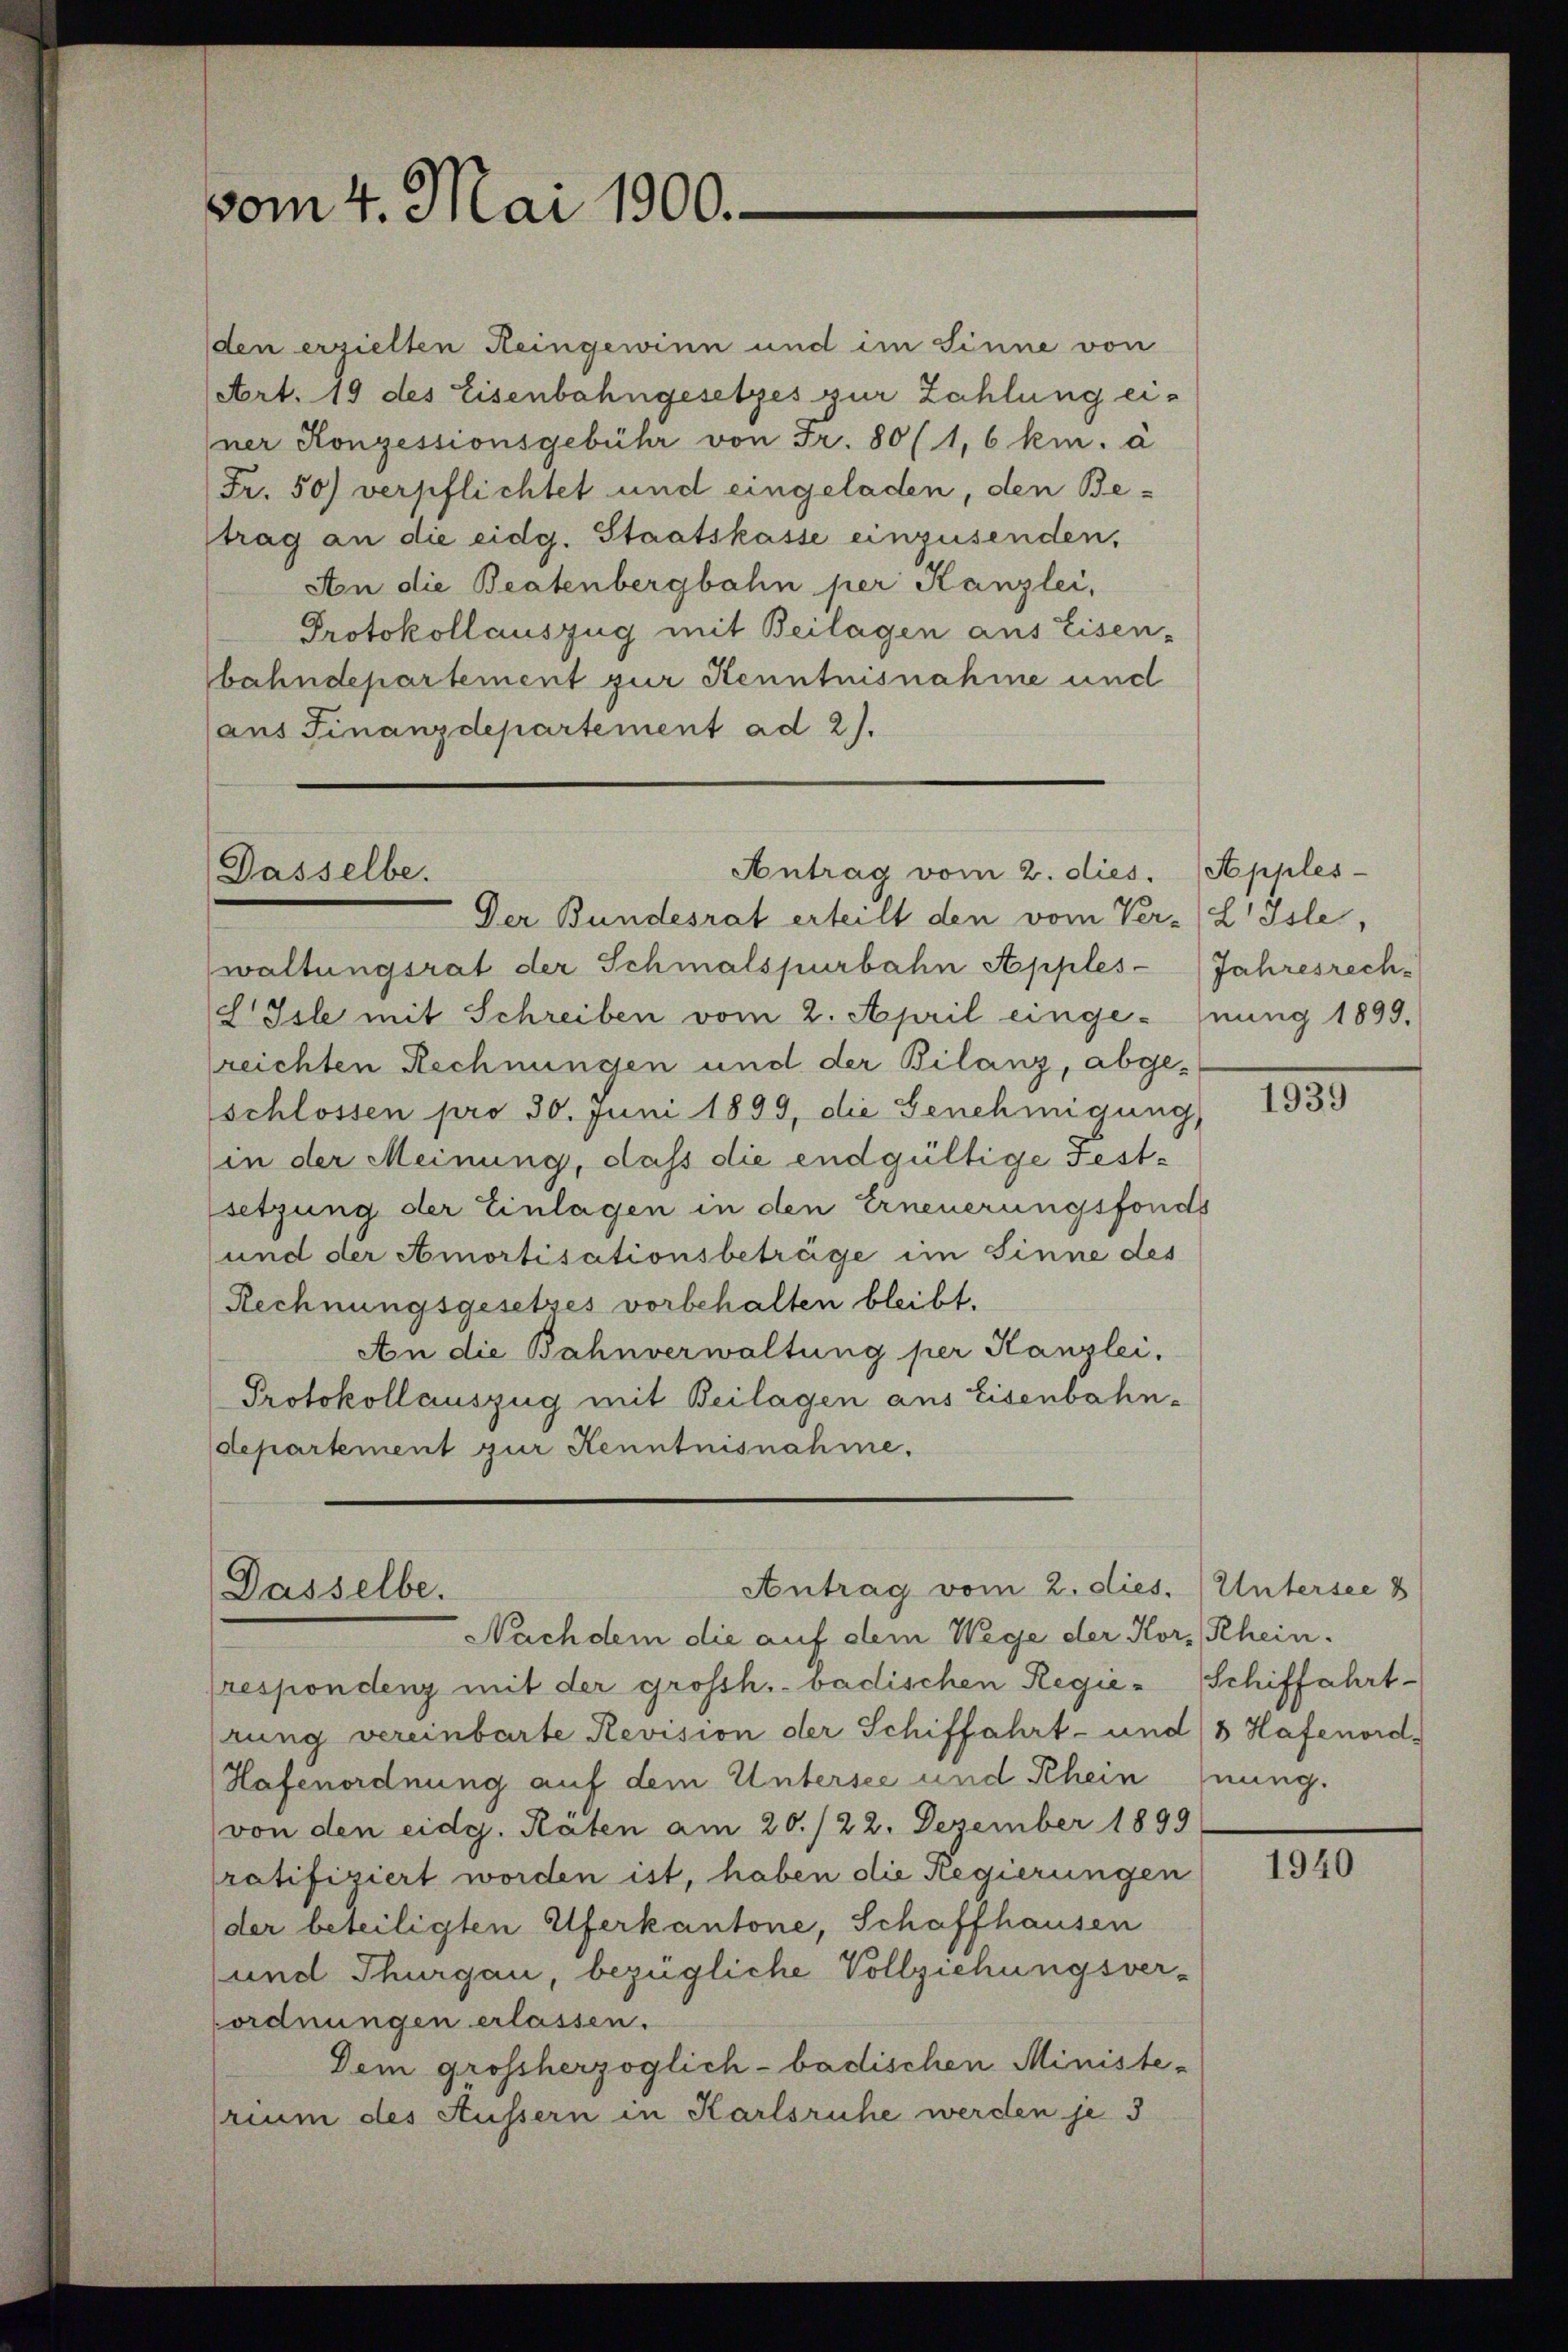
vom 4. Mai 1900.

den erzielten Heingewinn und im Sinne von
Art. 19 des Eisenbahngesetzes zur Zahlung einer Konzessionsgebühr von Fr. 80 (1,6 km. à
Fr. 50) verpflichtet und eingeladen, den Betrag an die eidg. Staatskasse einzusenden,
An die Beatenbergbahn per Kanzlei,
Protokollauszug mit Beilagen aus Eisen-
bahndepartement zur Kenntnisnahme und
aus Finanzdepartement ad 2.

Antrag vom 2. dies.
Dasselbe.

Antrag vom 2. dies. (Untersee 8
Dasselbe.

Der Bundesrat erteilt den vom Ver-L Isle,
waltungsrat der Schmalspurbahn Apples- (Jahresrech-
L Isle mit Schreiben vom 2. April einge- (nung 1899.
reichten Rechnungen und der Bilanz, abgeschlossen pro 30. Juni 1899, die Genehmigung
(in der Meinung, daß die endgültige Festsetzung der Einlagen in den Erneuerungsfonds
und der Amortisationsbeträge im Sinne des
Rechnungsgesetzes vorbehalten bleibt.
An die Bahnverwaltung per Kanzlei.
Protokollauszug mit Beilagen aus Eisenbahndepartement zur Kenntnisnahme.

Nachdem die auf dem Wege der Kor, Rhein.
respondenz mit der grossh. badischen Regie-Schiffahrtrung vereinbarte Revision der Schiffahrt- und 8 Hafenord-
Hafenordnung auf dem Untersee und Rhein nung.
von den eidg. Räten am 20./22. Dezember 1899
ratifiziert worden ist, haben die Regierungen
der beteiligten Uferkantone, Schaffhausen
(und Thurgau, bezügliche Vollziehungsver-
ordnungen erlassen.
Dem grossherzoglich - badischen Ministe-
rium des Äussern in Karlsruhe werden je 3

Apples

1939

1940